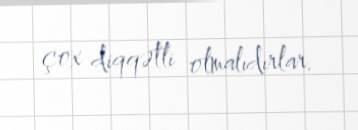
çox diqqətli olmalıdırlar.